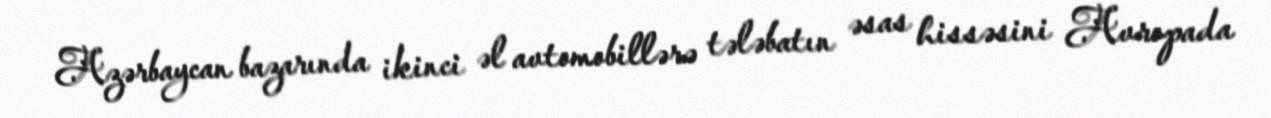
Azərbaycan bazarında ikinci əl avtomobillərə tələbatın əsas hissəsini Avropada